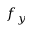
f _ { y }